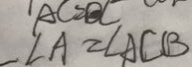
\angle A = \angle A C B